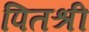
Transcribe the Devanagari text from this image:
पितश्री